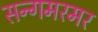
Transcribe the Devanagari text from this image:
सन्गमरमर